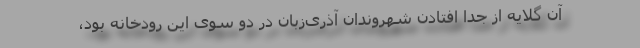
آن گلایه از جدا افتادن شهروندان آذری‌زبان در دو سوی این رودخانه بود،